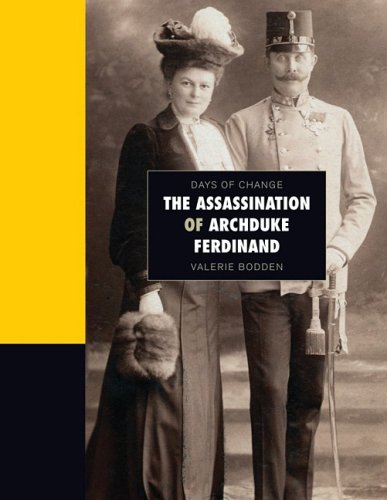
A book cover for The Assassination of Archduke Ferdinand (Days of Change); Valerie Bodden; Teen & Young Adult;